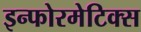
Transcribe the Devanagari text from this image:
इन्फोरमेटिक्स